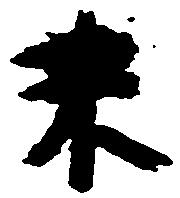
末